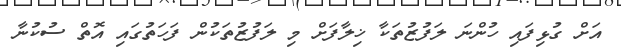
އަށް ގުޅިފައި ހުންނަ ލަފުޒުތަކާ ޚިލާފަށް މި ލަފުޒުތަކުން ފަހަތުގައި އޮތް ސުކުނާ